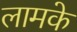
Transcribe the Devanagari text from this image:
लामके